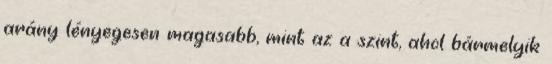
arány lényegesen magasabb, mint az a szint, ahol bármelyik